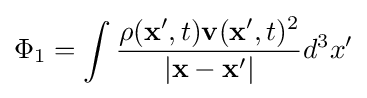
\Phi _{1}=\int {\rho (\mathbf {x} ',t)\mathbf {v} (\mathbf {x} ',t)^{2} \over |\mathbf {x} -\mathbf {x} '|}d^{3}x'